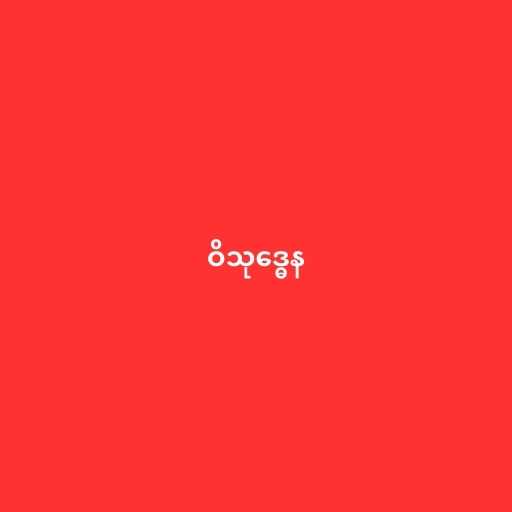
ဝိသုဒ္ဓေန